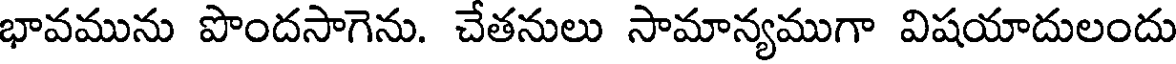
భావమును పొందసాగెను. చేతనులు సామాన్యముగా విషయాదులందు